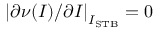
\left\lvert \partial \nu ( I ) / \partial I \right\lvert _ { I _ { \mathrm { S T B } } } = 0